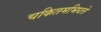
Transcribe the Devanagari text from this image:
चकितमभिधत्ते